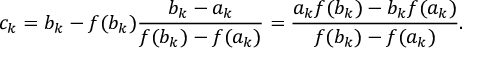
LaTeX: c _ { k } = b _ { k } - f ( b _ { k } ) { \frac { b _ { k } - a _ { k } } { f ( b _ { k } ) - f ( a _ { k } ) } } = { \frac { a _ { k } f ( b _ { k } ) - b _ { k } f ( a _ { k } ) } { f ( b _ { k } ) - f ( a _ { k } ) } } .